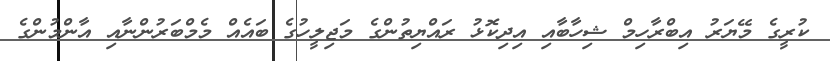
ކުރީގެ މޭޔަރު އިބްރާހިމް ޝިހާބާއި އިދިކޮޅު ރައްޔިތުންގެ މަޖިލީހުގެ ބައެއް މެމްބަރުންނާއި އާންމުންގެ